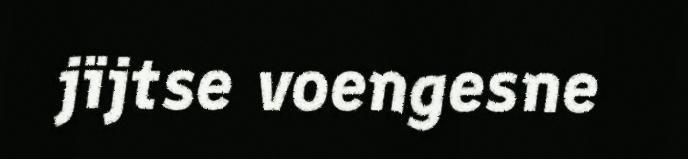
jïjtse voengesne